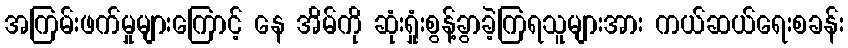
အကြမ်းဖက်မှုများကြောင့် နေ အိမ်ကို ဆုံးရှုံးစွန့်ခွာခဲ့ကြရသူများအား ကယ်ဆယ်ရေးစခန်း